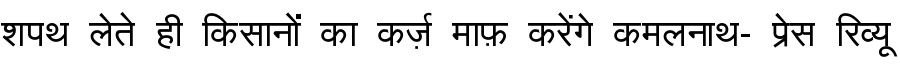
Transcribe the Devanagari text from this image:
शपथ लेते ही किसानों का कर्ज़ माफ़ करेंगे कमलनाथ- प्रेस रिव्यू